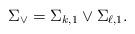
LaTeX: \begin{align*} \Sigma_\vee=\Sigma_{k,1}\vee\Sigma_{\ell,1}. \end{align*}